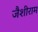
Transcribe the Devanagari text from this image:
जैशीराम